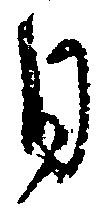
日